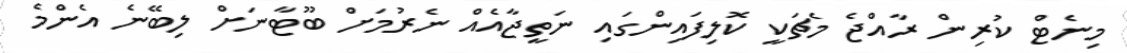
މިނެޓް ކުރިން ރާއްޖެ މެޗަކީ ކޮލިފައިންގައި ނަތީޖާއެއް ނެރުމަށް ބޫޓާނަށް ލިބޭނެ އެންމެ